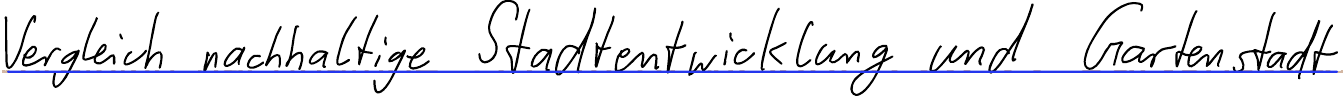
Vergleich nachhaltige Stadtentwicklung und Gartenstadt